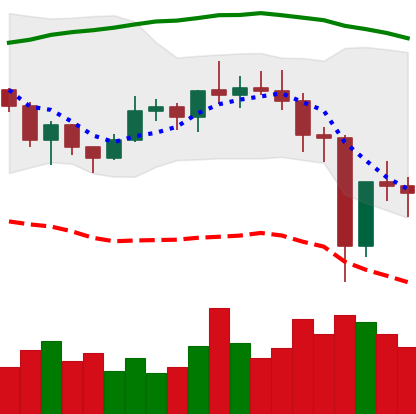
Ticker: NEO-USD
Chart end date: 2020-12-26
Forward return: -4.247%
Label: down_3_5